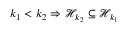
k _ { 1 } < k _ { 2 } \Rightarrow \mathcal { H } _ { k _ { 2 } } \subseteq \mathcal { H } _ { k _ { 1 } }